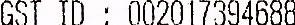
GST ID: 002017394688